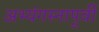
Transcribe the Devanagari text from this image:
अभ्यंगस्नापूर्वी